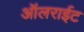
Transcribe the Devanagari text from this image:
ऑलराईट